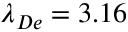
\lambda _ { D e } = 3 . 1 6